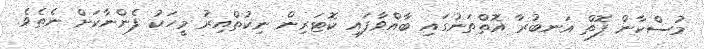
މުސްކާން ފޮތް އަނބުރާ އޮތްތަނުގައި ބާއްވާފައި ކޮޓަރިން ނިކުތްއިރު މީހަކު ފެންނާކަށް ނެތެވެ.